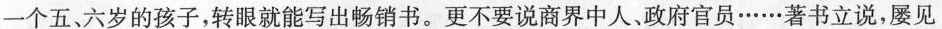
一个五、六岁的孩子，转眼就能写出畅销书。更不要说商界中人，政府官员……著书立说，屡见